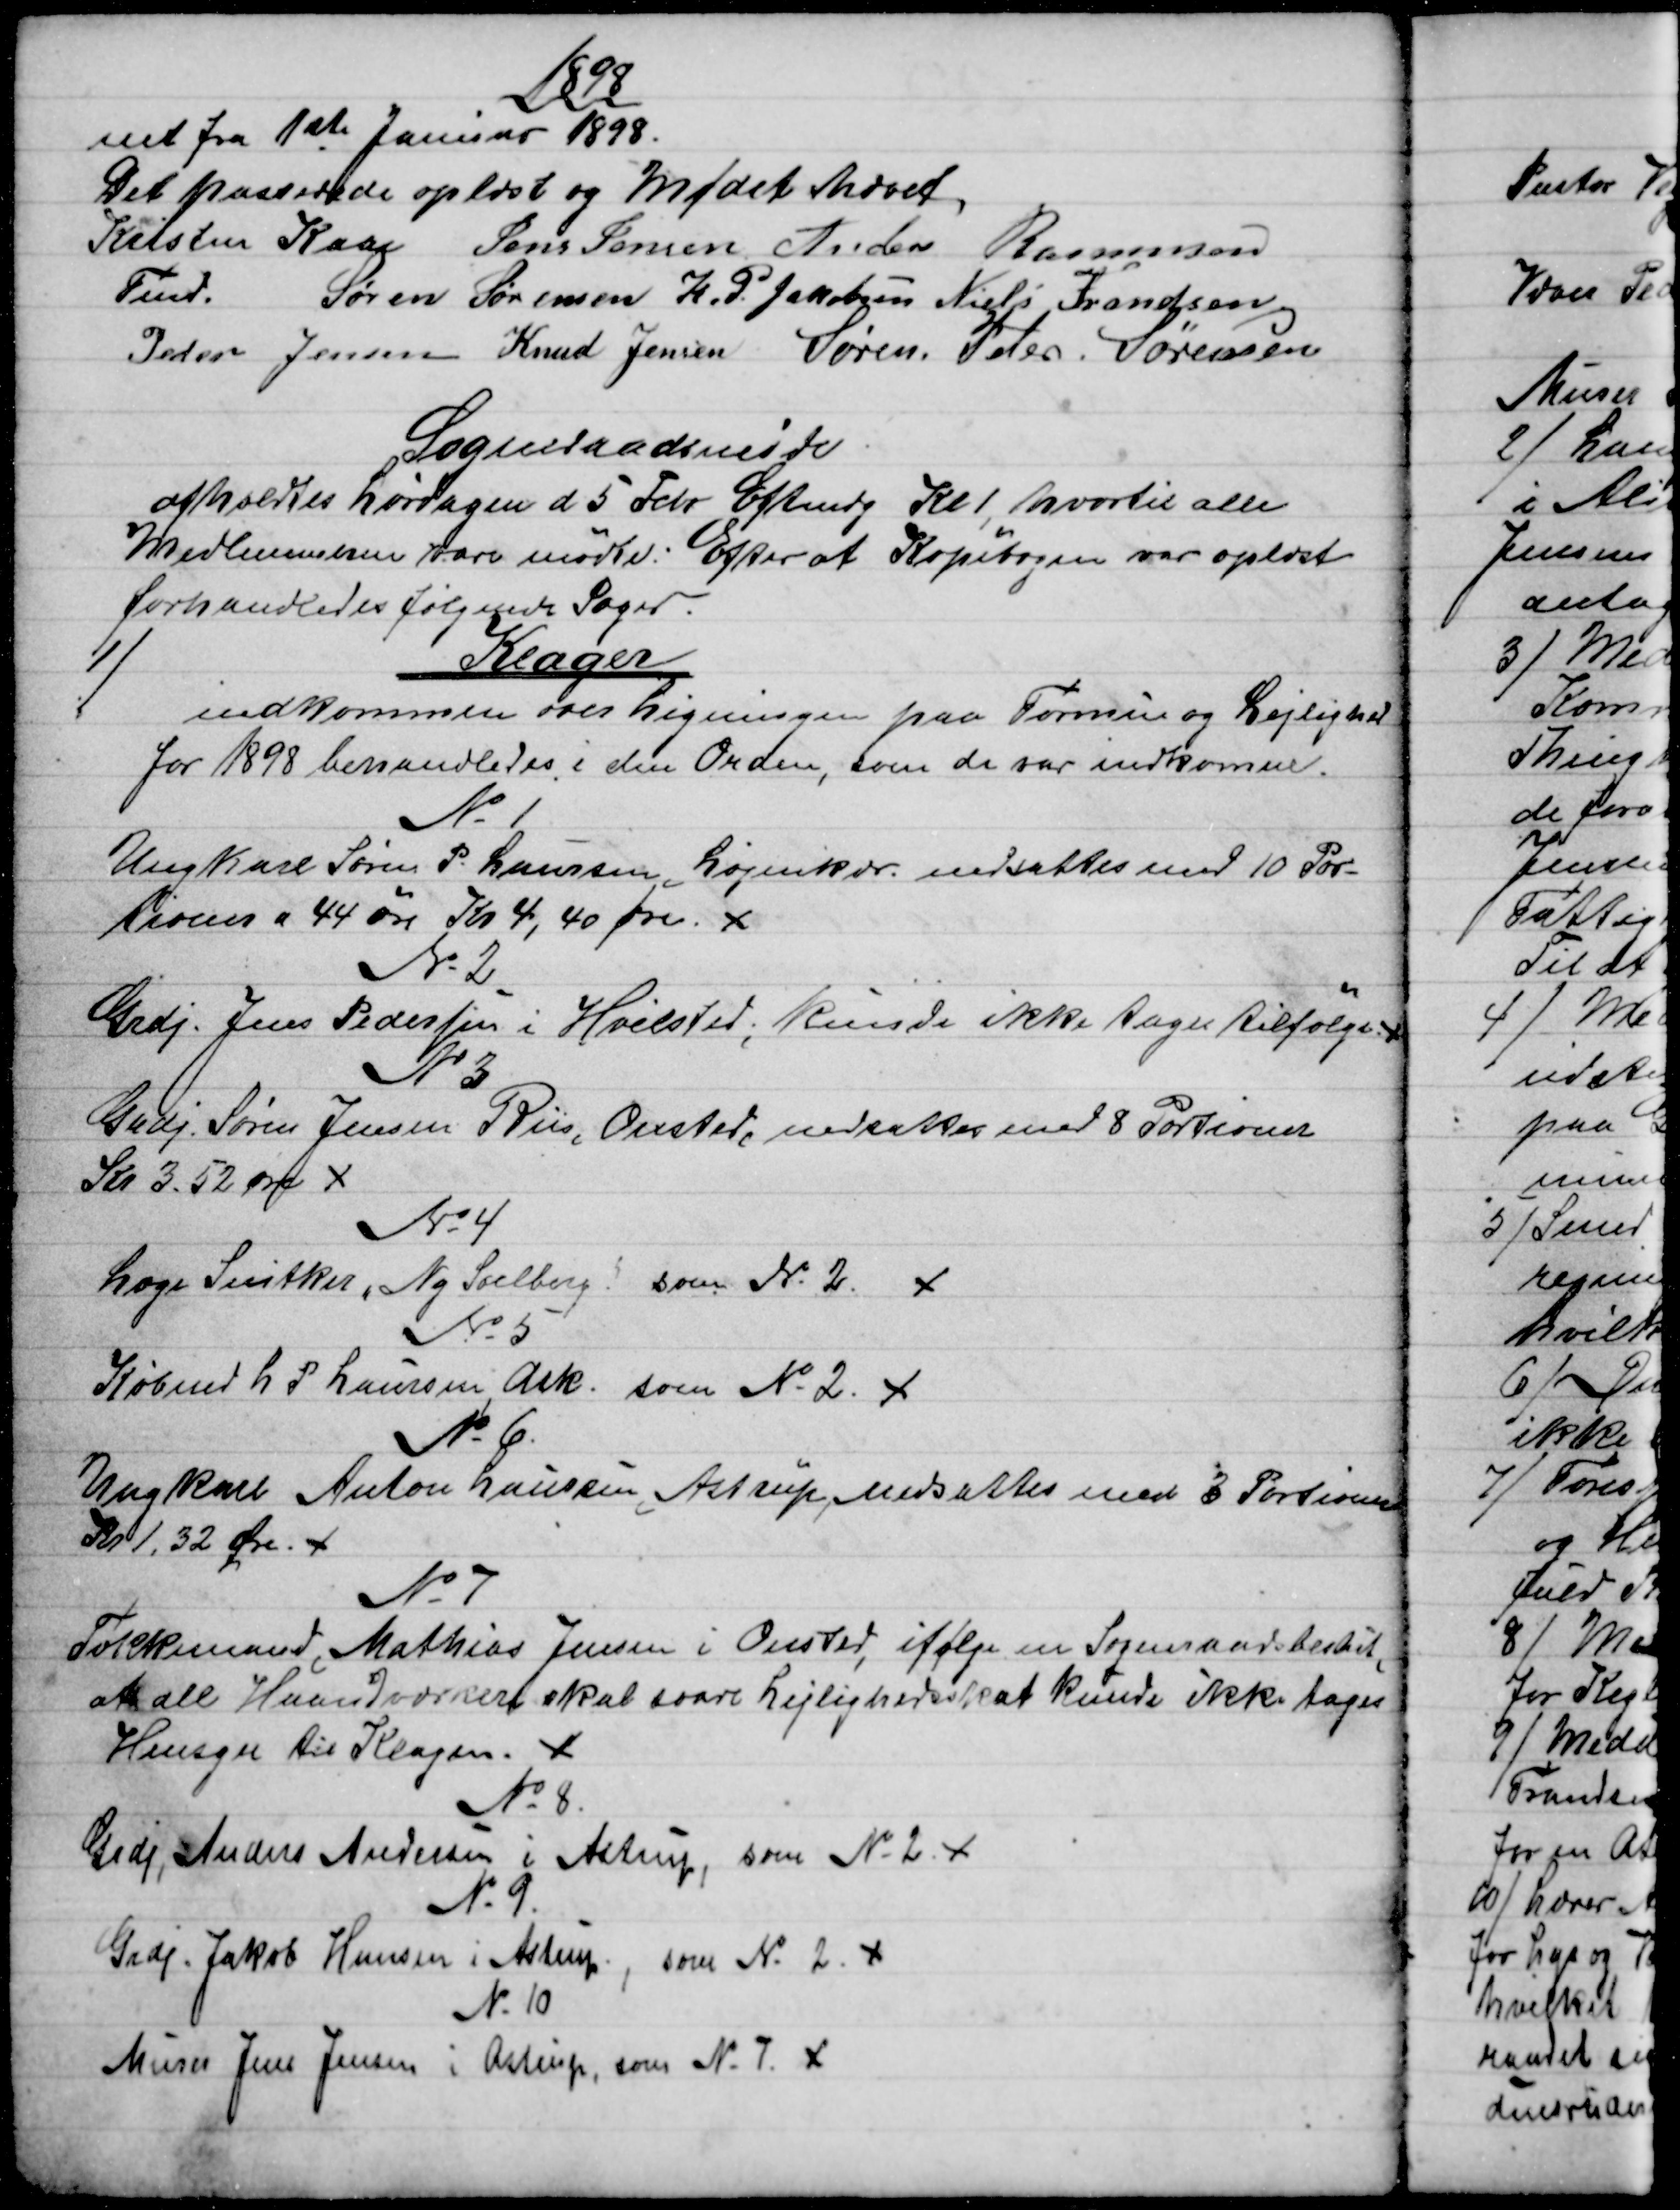
Transskription:
1898
net fra 1ste Januar 1898.
Det passerede oplæst og Mødet hævet.
Kristen Kaae  
Fmd.
Jens Jensen  Anders Rasmussen
Søren Sørensen  H. P. Jakobsen  Niels Frandsen
Peder Jensen  Knud Jensen  Søren. Peter. Sørensen
Sogneraadsmøde
afholdtes Lørdagen d 5 Febr Eftmdg Kl. 1, hvortil alle
Medlemmerne vare mødte. Efter at Kopibogen var oplæst
forhandledes følgende Sager.
1)
Klager
indkommen over Ligningen paa Formue og Lejlighed
for 1898 behandledes i den Orden, som de var indkomne.
№ 1
Ungkarl Søren P. Laursen Løjenkær nedsattes med 10 Por-
tioner a 44 øre Kr 4,40 Øre 
№ 2
Grdj. Jens Pedersen i Hvilsted, kunde ikke tages tilfølge
№3
Grdj. Søren Jensen Riis, Onsted, nedsattes med 8 Portioner
Kr 3.52 Øre 
№ 4
Læge Snitker, Ny Soelberg som № 2. 
№ 5
Købmd. L. P. Laursen, Ask. som № 2. 
№ 6.
Ungkarl Anton Laursen, Astrup nedsattes med 3 Portioner
Kr 1,32 Øre. 
№ 7
Tækkemand, Mathias Jensen i Onsted, ifølge en Sogneraadsbeslut,
at alle Haandværkere skal svare Lejlighedsskat kunde ikke tages
Hensyn til Klagen. 
№ 8.
Grdj, Anders Andersen i Astrup, som № 2.  
№ 9.
Grdj. Jakob Hansen i Astrup, som № 2. 
№ 10
Murer Jens Jensen i Astrup, som № 7